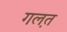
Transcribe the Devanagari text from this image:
गल़त